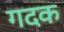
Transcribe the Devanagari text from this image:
गदक